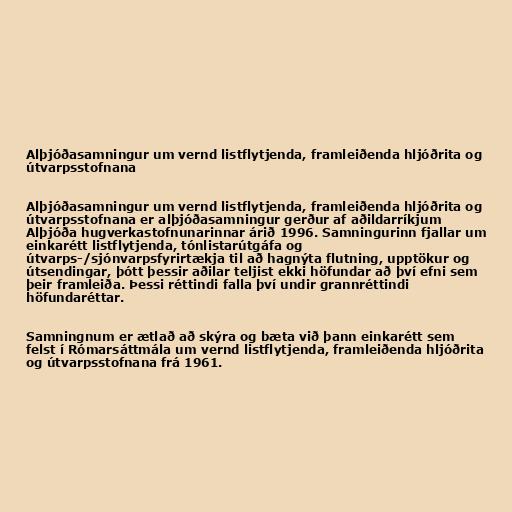
Alþjóðasamningur um vernd listflytjenda, framleiðenda hljóðrita og
útvarpsstofnana

Alþjóðasamningur um vernd listflytjenda, framleiðenda hljóðrita og
útvarpsstofnana er alþjóðasamningur gerður af aðildarríkjum
Alþjóða hugverkastofnunarinnar árið 1996. Samningurinn fjallar um
einkarétt listflytjenda, tónlistarútgáfa og
útvarps-/sjónvarpsfyrirtækja til að hagnýta flutning, upptökur og
útsendingar, þótt þessir aðilar teljist ekki höfundar að því efni sem
þeir framleiða. Þessi réttindi falla því undir grannréttindi
höfundaréttar.

Samningnum er ætlað að skýra og bæta við þann einkarétt sem
felst í Rómarsáttmála um vernd listflytjenda, framleiðenda hljóðrita
og útvarpsstofnana frá 1961.